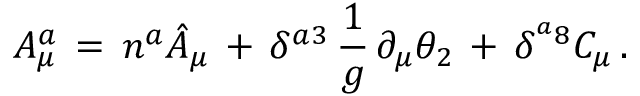
A _ { \mu } ^ { a } \, = \, n ^ { a } \hat { A } _ { \mu } \, + \, \delta ^ { a 3 } \, \frac { 1 } { g } \, \partial _ { \mu } \theta _ { 2 } \, + \, \delta ^ { ^ a 8 } C _ { \mu } \, .